65_HS1-834228961_62-HQ-83894_Section_7
Agency: FBI
Page 180
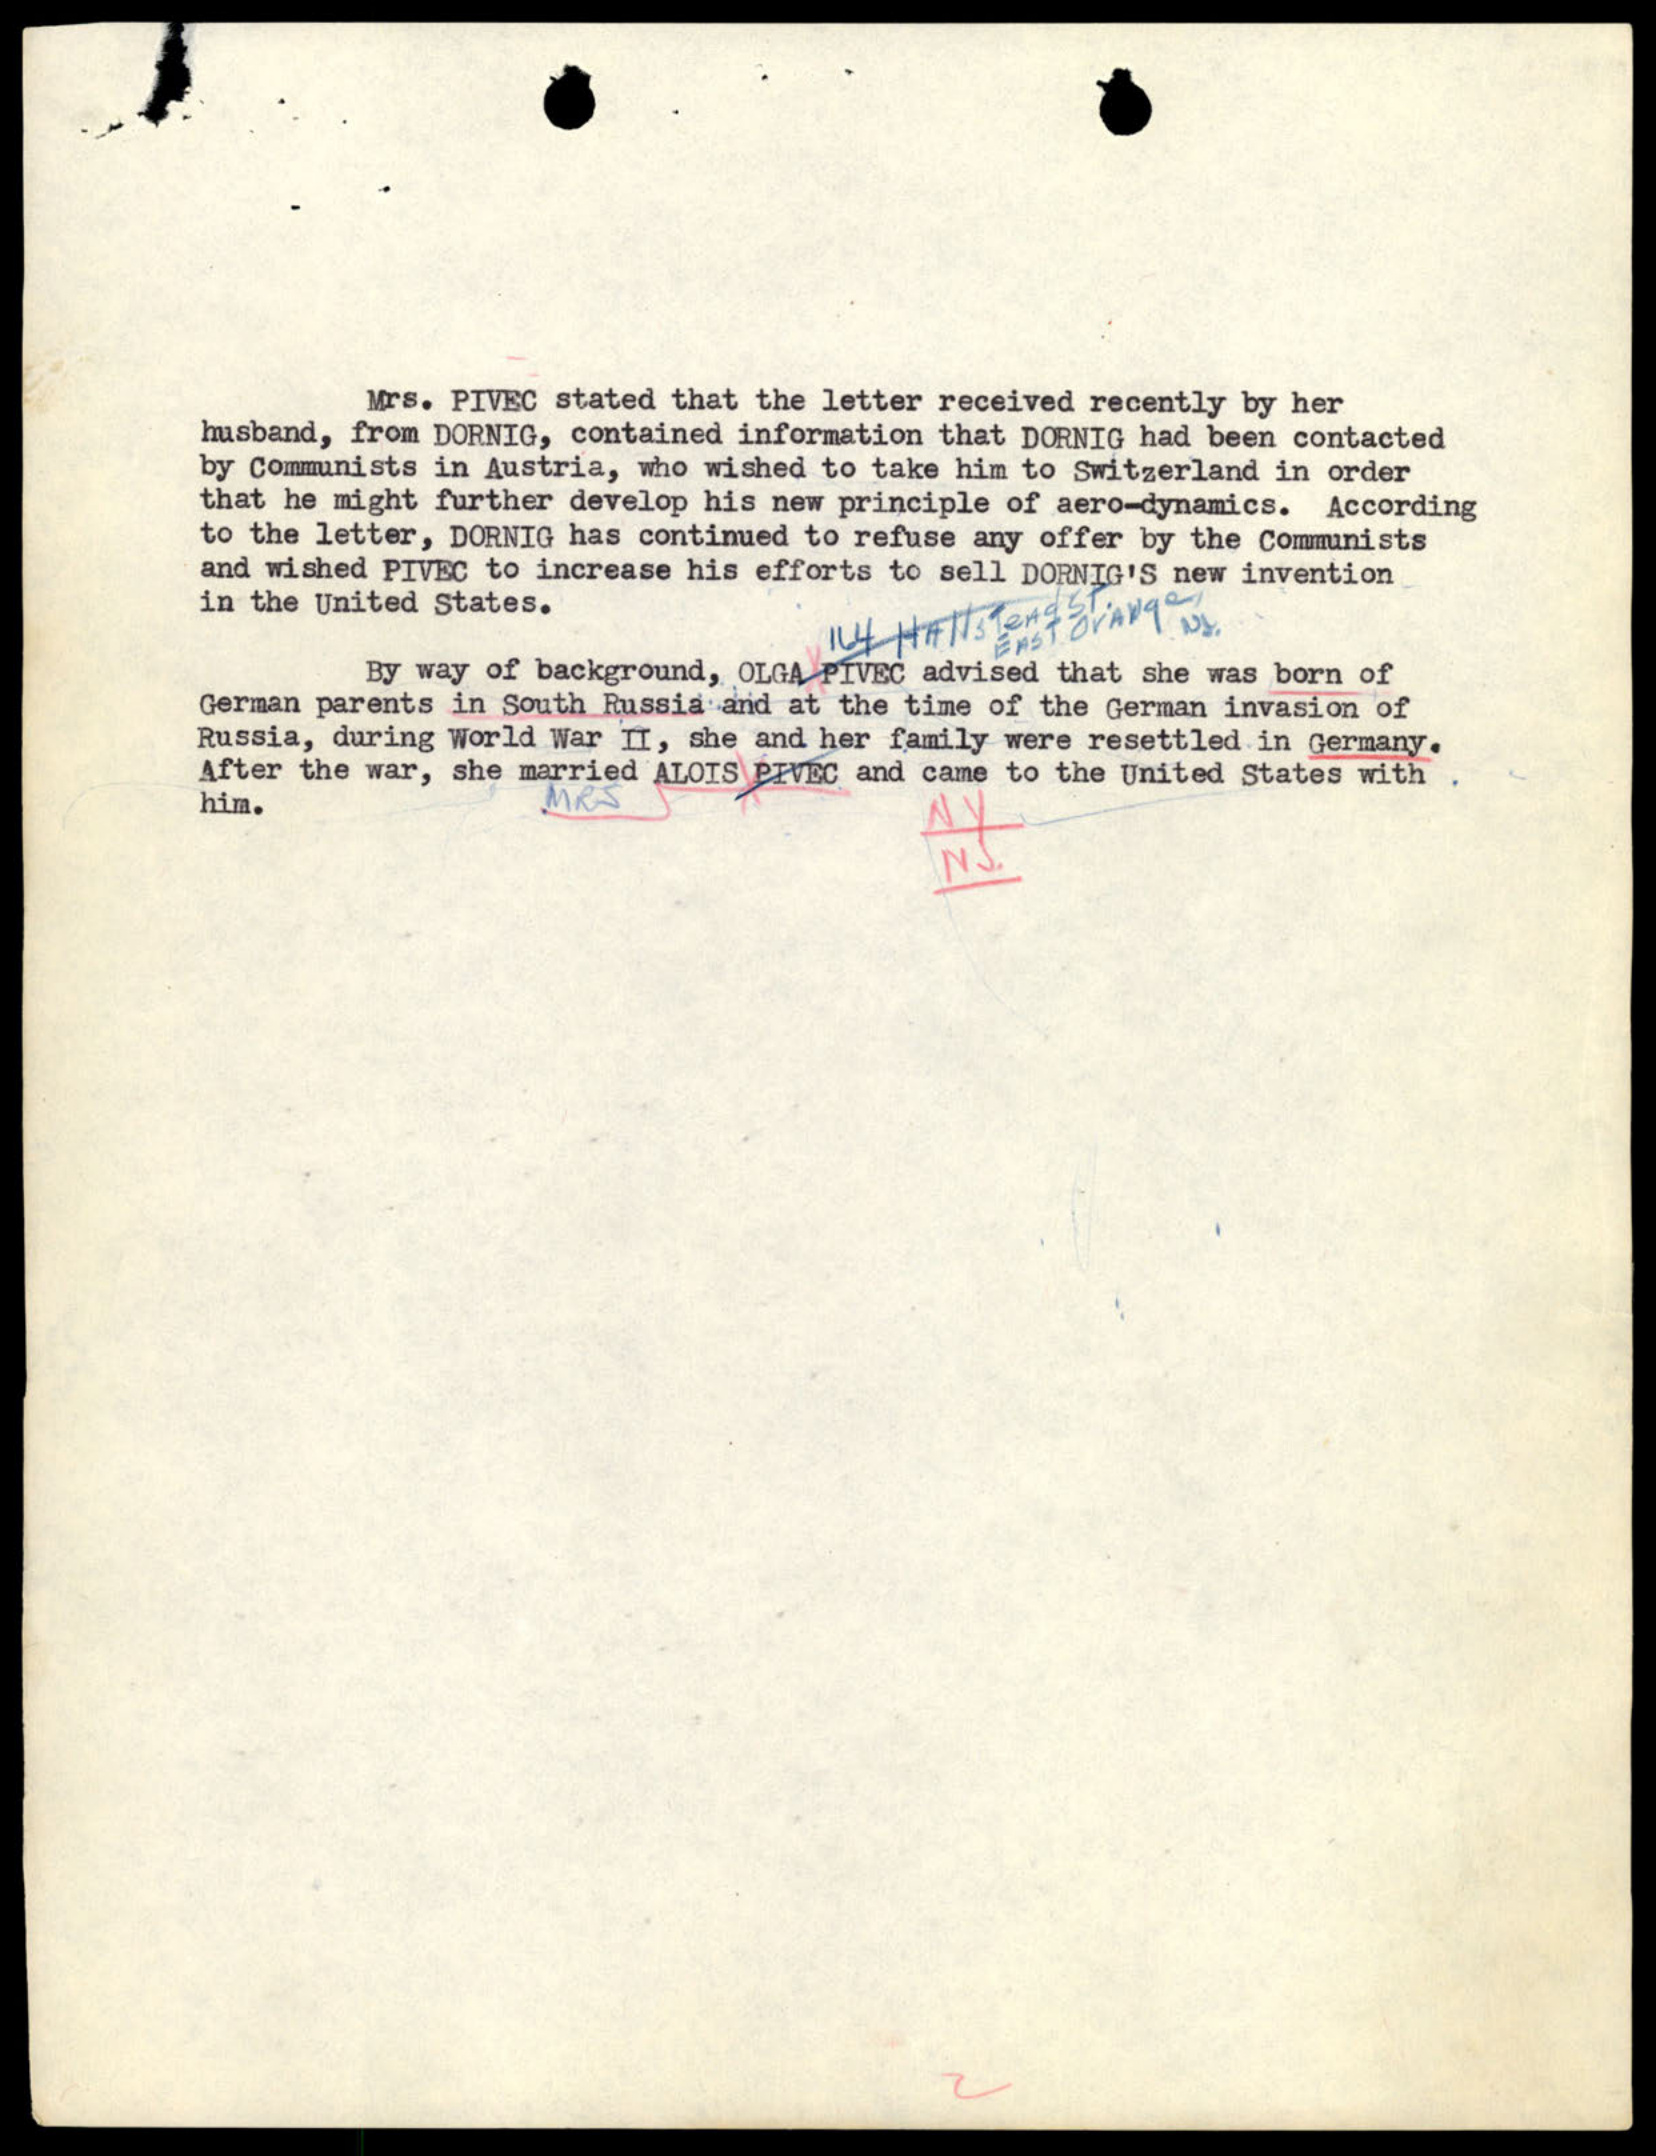